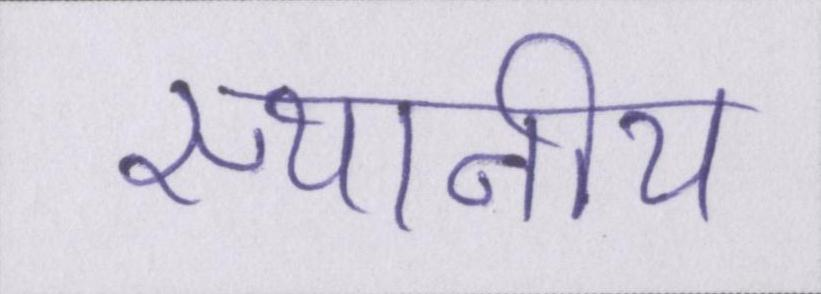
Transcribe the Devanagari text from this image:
स्थानीय